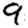
Digit: 9